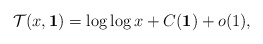
\begin{align*}\mathcal{T}(x, \textbf{1}) = \log \log x+C(\textbf{1})+o(1), \end{align*}